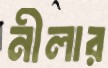
নীলার